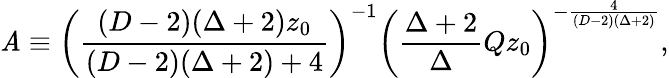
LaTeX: {\cal\mathit{A}}\equiv\left({\frac{{(D-2)(\Delta+2)z_{0}}}{{(D-2)(\Delta+2)+4}}}\right)^{-1}\left({\frac{{\Delta+2}}{{\Delta}}}Qz_{0}\right)^{-{\frac{{4}}{{(D-2)(\Delta+2)}}}},